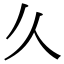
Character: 𫝄